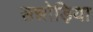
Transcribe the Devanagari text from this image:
सन्नोड़िया